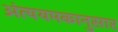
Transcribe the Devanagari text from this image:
अंत्ययमकानुसार